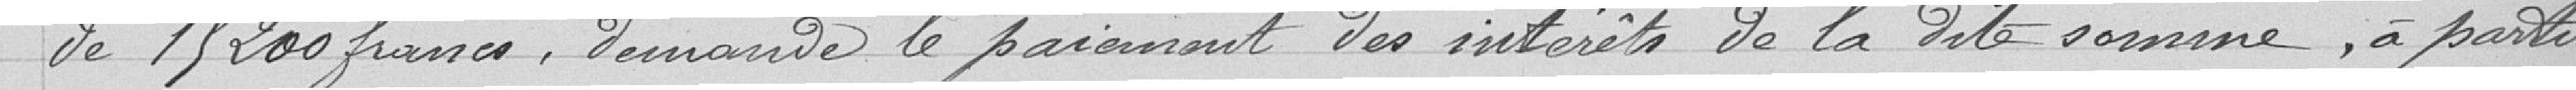
de 15200 francs, demande le paiement des intérêts de la dite somme, à partir